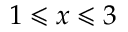
1 \leqslant x \leqslant 3